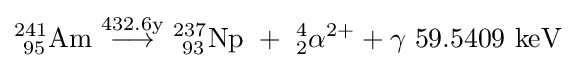
\mathrm {^{241\!\,}_{\ 95}Am\ {\overset {432.6y}{\longrightarrow }}\ _{\ 93}^{237}Np~+~_{2}^{4}\alpha ^{2+}+\gamma ~59.5409~keV}